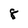
Character: 8